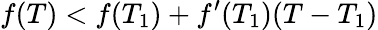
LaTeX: f(T)<f(T_{1})+f^{\prime}(T_{1})(T-T_{1})